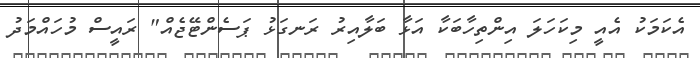
އެކަމަކު އެއީ މިކަހަލަ އިންތިހާބަކާ އަޅާ ބަލާއިރު ރަނގަޅު ޕަސެންޓޭޖެއް" ރައީސް މުހައްމަދު